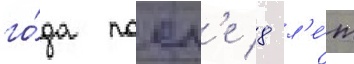
го́да посл'е 8 л'е́т